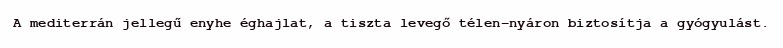
A mediterrán jellegű enyhe éghajlat, a tiszta levegő télen-nyáron biztosítja a gyógyulást.